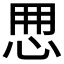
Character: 𢘼